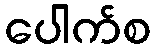
ပေါက်စ